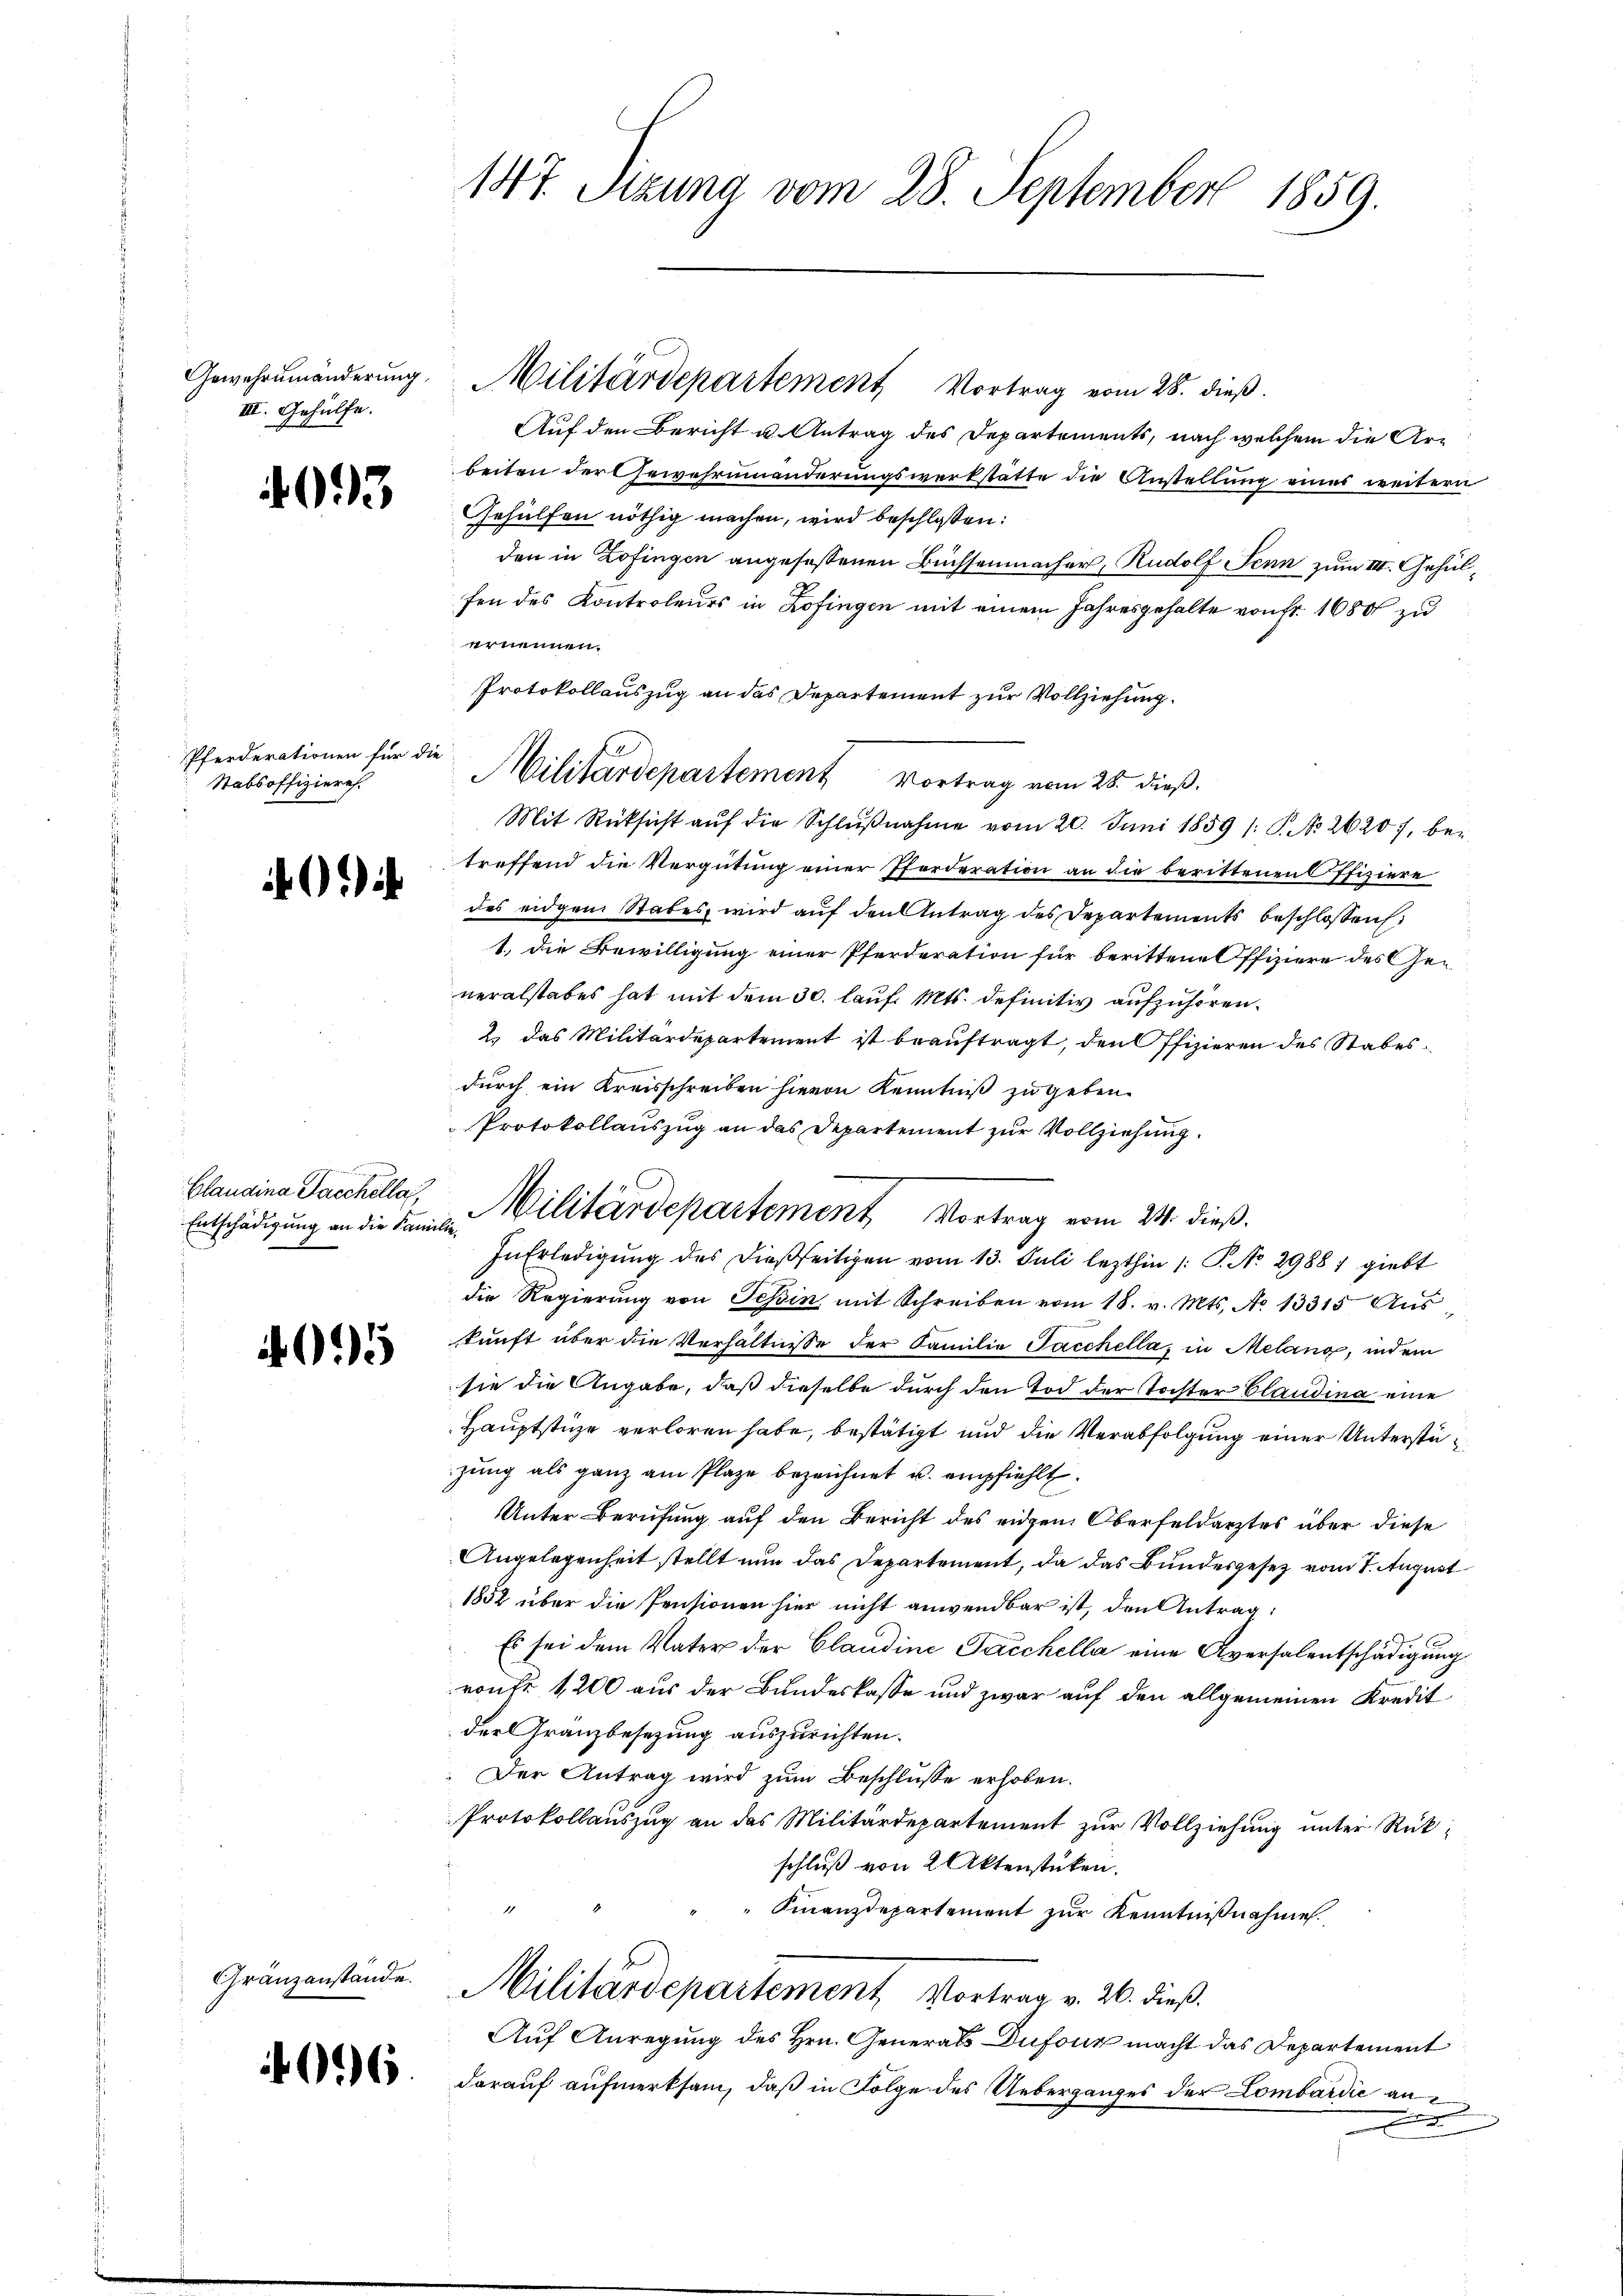
Gewehrumänderung
III. Gehülfe.

693

Pferderationen für die
Stabsoffizieres.

)

Claudina Sacchella,
Entschädigung an die Pani

695

Granzanstände.

096

147. Stzung vom 28. September 1859.

Militärdepartement Vortrag vom 28. dieß.
Auf den Bericht u. Antrag des Departements, nach welchem die Arbeiten der Gewahrninanderungswerkstätte die Anstellung eines weitern
Gehülfen nöthig machen, wird beschlossen:
den in Zofingen angefassenen Büchsenmacher, Rudolf Senn zum III. Gehülfen des Kontroleurs in Zofingen mit einem Jahresgehalte von Fr. 1680 zu
ernennen.
Protokollauszug an das Departement zur Vollziehung.
Militärdepartement Vortrag vom 28. dieß.
Mit Rücksicht aŭf die Schlŭβnahme vom 20. Juni 1859 /: P. No 26207, betreffend die Vergütung einer Pferderation an die berittenen Offiziere
des eidgen Stabes, wird auf den Antrag des Departements beschlossen,
1., die Bewilligung einer Pferderation für berittene Offiziere des Generalstabes hat mit dem 30. lauf Mts. definitiv aufzuhören.
2. das Militärdepartement ist beauftragt, den Offizieren des Stabes
durch ein Kreisschreiben hievon Kenntniß zu geben.
Protokollauszug an das Departement zur Vollziehung.
be
In Erledigung des dießseitigen vom 13. Juli lezthin 1 S. No. 29881 giebt
die Regierŭng von Tessin mit Schreiben vom 18. v. Mts. No 13315 Aus
kunft über die Verhältnisse der Familie Sacchella, in Melang, indem
sie die Angabe, daß dieselbe durch den Tod der Tochter Claudina eine
Hauptstüze verloren habe, bestätigt und die Verabfolgung einer Unterstüzung als ganz am Plaze bezeichnet u. empfiehlt.
Unter Berufung auf den Bericht des eiden Oberfeldarztes über diese
Angelegenheit stellt nun das Departement, da das Bundesgesetz vom 1. August
1852 über die Pensionen hier nicht anwendbar ist, den Antrag:
Es sei dem Vater der Claudine Sacchella eine Aversalentschädigung
route 1200 aus der Bundeskasse und zwar auf den allgemeinen Kredit
der Gränzbesezung auszurichten.
Der Antrag wird zum Beschlüsse erhoben.
Protokollauszug an das Militärdepartement zur Vollziehung unter Rückschluß von 2 Aktenstücken.

Finanzdepartement zur Kenntnißnahme.
Militärdepartement Vortrag v. 26. dieß.
Auf Anregung des Hrn. Generals Dufour macht das Departement
darauf aufmerksam, daß in Folge des Ueberganges der Lombardić ans

Militärdepartement Vortrag vom 24. dieß.